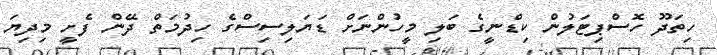
ހިތަދޫ ހޮސްޕިޓަލުން ކިޑްނީގެ ބަލި މީހުންނަށް ޑަޔަލިސިސްގެ ހިދުމަތް ދޭން ފެށީ މިދިޔަ